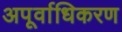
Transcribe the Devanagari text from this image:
अपूर्वाधिकरण